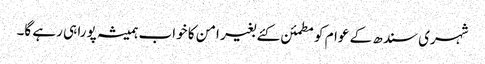
شہری سندھ کے عوام کو مطمئن کئے بغیر امن کا خواب ہمیشہ پورا ہی رہے گا۔